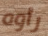
رأوه